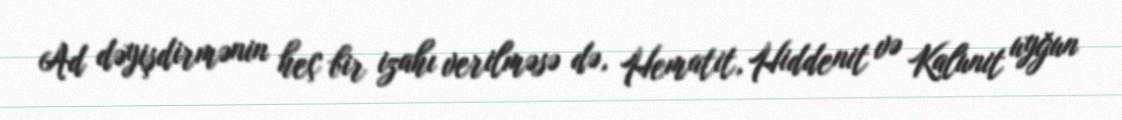
Ad dəyişdirmənin heç bir izahı verilməsə də, Hematit, Hiddenit və Kalunit uyğun